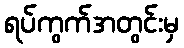
ရပ်ကွက်အတွင်းမှ